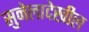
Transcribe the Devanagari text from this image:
सुनेलादेखील